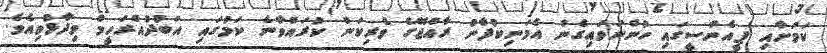
ކަމަށާއި ޕީއެންސީގައި ހުންނަވައިގެން އެމަނިކުފާނު ރާއްޖޭގެ ވެރިކަން ކުރައްވާނެ ކަމުގައި އަބުދުއްރަހީމް ވިދާޅުވިއެވެ.